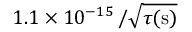
1 . 1 \times 1 0 ^ { - 1 5 } \, / \sqrt { \tau ( \mathrm { s } ) }